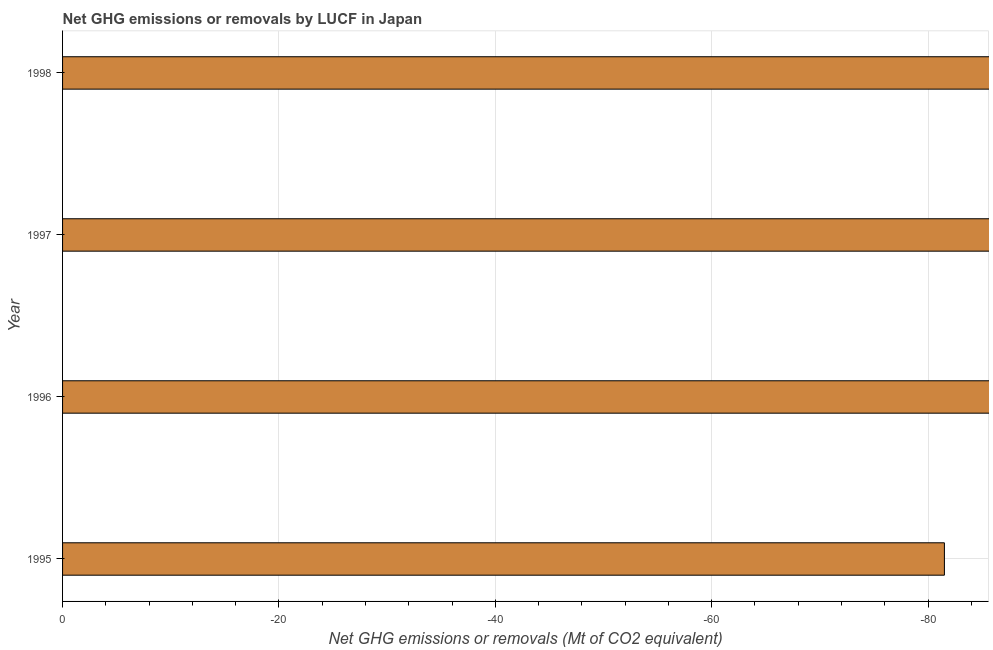
| Year | GHG net emissions or removals |
 | --- | --- |
 | 1995 | -81.5 |
 | 1996 | -86.2 |
 | 1997 | -86.5 |
 | 1998 | -86.4 |